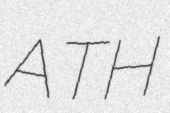
ATH